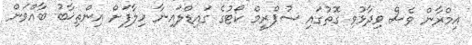
އިމްރާން ވެސް ވިދާޅުވި ގޮތުގައި ސުޕްރީމް ކޯޓުގެ ގައިޑްލައިނާ ހިލާފަށް އިންތިޚާބު ބާއްވަން